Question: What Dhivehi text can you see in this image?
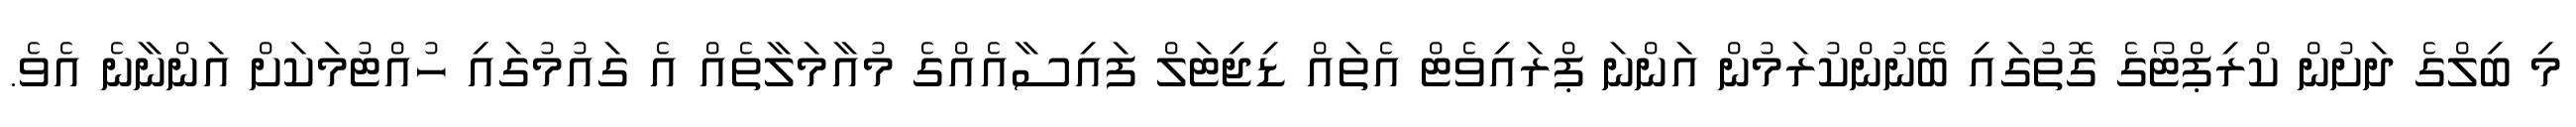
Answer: މި ބިލްގެ ދަށުން ކްރިޕްޓޯގެ ގޮތުގައި ބޭނުންކުރަމުން އަންނަ ޕްރައިވެޓް އެތައް ޑިޖިޓަލް ފައިސާއެއްގެ މުއާމަލާތެއް އެ ގައުމުގައި ހުއްޓުމަކަށް އަންނާނެ އެވެ.